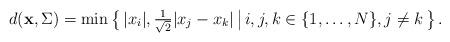
LaTeX: \begin{align*} d({\bf x},\Sigma) = \min\big\{\,|x_i|, \tfrac{1}{\sqrt{2}}|x_j-x_{k}|\,\big|\, i,j,k\in\{1,\ldots,N\}, j\neq k\,\big\}\,.\end{align*}